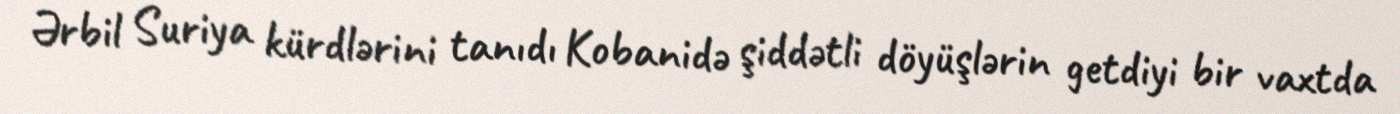
Ərbil Suriya kürdlərini tanıdı Kobanidə şiddətli döyüşlərin getdiyi bir vaxtda